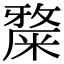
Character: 𥼅